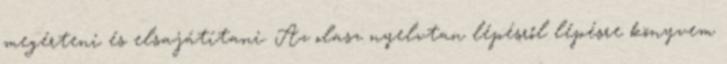
megérteni és elsajátítani. Az olasz nyelvtan lépésről lépésre könyvem